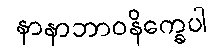
နာနာဘာဝနိက္ခေပါ